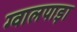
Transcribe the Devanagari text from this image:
ग्वालपाड़ा